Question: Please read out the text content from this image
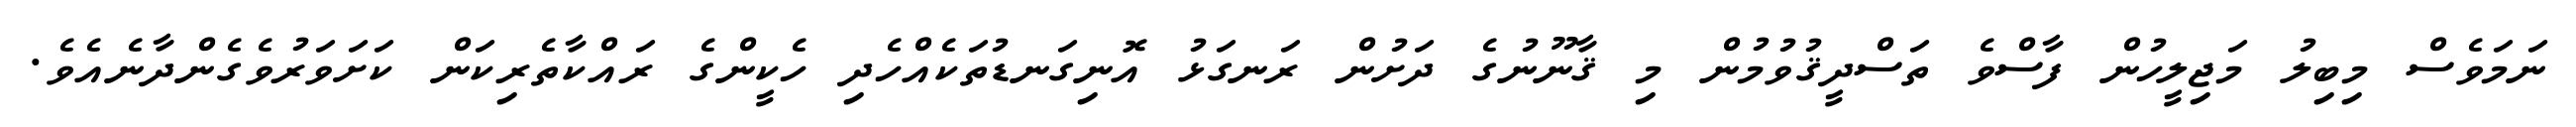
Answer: ނަމަވެސް މިބިލު މަޖިލީހުން ފާސްވެ ތަސްދީޤުވުމުން މި ޤާނޫނުގެ ދަށުން ރަނގަޅު އޮނިގަނޑުތަކެއްހެދި ހެކީންގެ ރައްކާތެރިކަން ކަށަވަރުވެގެންދާނެއެވެ.